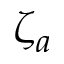
\zeta _ { a }